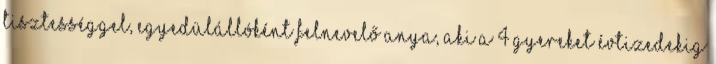
tisztességgel, egyedülállóként felnevelő anya, aki a 4 gyereket évtizedekig